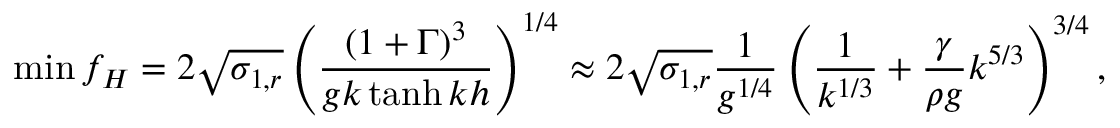
\operatorname* { m i n } { f _ { H } } = 2 \sqrt { \sigma _ { 1 , r } } \left( \frac { \left( 1 + \Gamma \right) ^ { 3 } } { g k \operatorname { t a n h } { k h } } \right) ^ { 1 / 4 } \approx 2 \sqrt { \sigma _ { 1 , r } } \frac { 1 } { g ^ { 1 / 4 } } \left( \frac { 1 } { k ^ { 1 / 3 } } + \frac { \gamma } { \rho g } k ^ { 5 / 3 } \right) ^ { 3 / 4 } ,